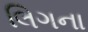
લિગના